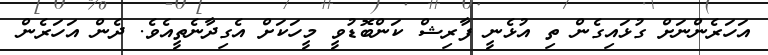
އަހަރެންނަށް ގުޅައިގެން ތި އުޅެނީ ފާރިޝް ކަންބޮޑުވީ މީހަކަށް އެގިދާނެތީއެވެ. ދެން އަހަރެން